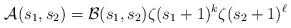
LaTeX: \begin{align*} \mathcal{A}(s_1,s_2) = \mathcal{B}(s_1,s_2) \zeta(s_1+1)^{k} \zeta(s_2+1)^{\ell} \end{align*}